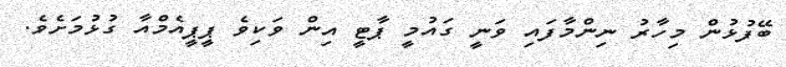
ބޭފުޅުން މިހާރު ނިންމާފައި ވަނީ ގައުމީ ޕާޓީ އިން ވަކިވެ ޕީޕީއެމްއާ ގުޅުމަށެވެ.